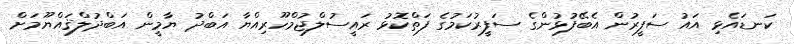
ކަނޑައެޅި އައު ސަފީރުން އެބޭފުޅުންގެ ސަފީރުކަމުގެ ފަތްކޮޅު ރައީސުލްޖުމްހޫރިއްޔާ އަބްދު ޔާމީން އަބްދުލްޤައްޔޫމަށް